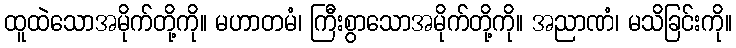
ထူထဲသောအမိုက်တို့ကို။ မဟာတမံ၊ ကြီးစွာသောအမိုက်တို့ကို။ အညာဏံ၊ မသိခြင်းကို။